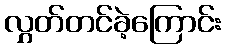
လွှတ်တင်ခဲ့ကြောင်း